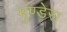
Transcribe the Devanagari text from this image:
मुण्डेरा